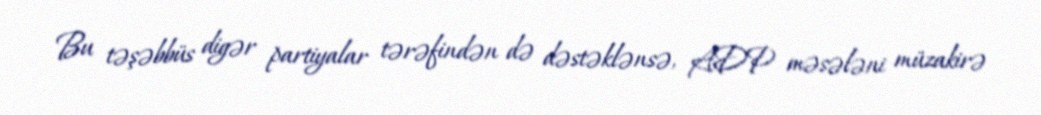
Bu təşəbbüs digər partiyalar tərəfindən də dəstəklənsə, ADP məsələni müzakirə